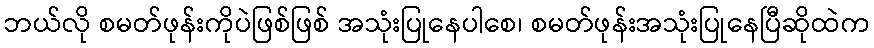
ဘယ်လို စမတ်ဖုန်းကိုပဲဖြစ်ဖြစ် အသုံးပြုနေပါစေ၊ စမတ်ဖုန်းအသုံးပြုနေပြီဆိုထဲက